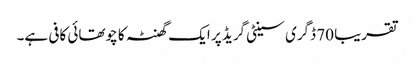
تقریبا 70 ڈگری سینٹی گریڈ پر ایک گھنٹہ کا چوتھائی کافی ہے۔